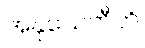
အနုသေတီတိ